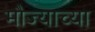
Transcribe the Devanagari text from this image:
मौज्याच्या